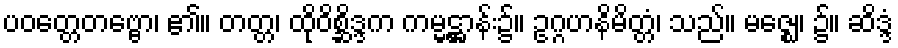
ပဝတ္တေတဗ္ဗော၊ ၏။ တတ္တ၊ ထိုဝိစ္ဆိဒ္ဒက ကမ္မဋ္ဌာန်း၌။ ဥဂ္ဂဟနိမိတ္တံ၊ သည်။ မဇ္ဈေ၊ ၌။ ဆိဒ္ဒံ